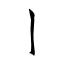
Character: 亅